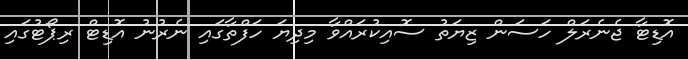
އޮޑިޓާ ޖެނެރަލް ހަސަން ޒިޔަތު ސޮއިކުރައްވާ މިދިޔަ ހަފްތާގައި ނެރުނު އޮޑިޓް ރިޕޯޓުގައި